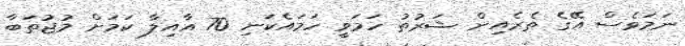
ނަމަވެސް އޭގެ ތެރެއިން ޝަރުތު ހަމަވީ ހަމައެކަނި 70 އާއިލާ ކަމަށް މުޖުތަބާ